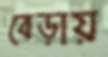
বেড়ায়